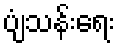
ပျံသန်းရေး